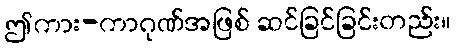
ဤကား-ကာဂုဏ်အဖြစ် ဆင်ခြင်ခြင်းတည်း။